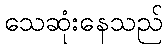
သေဆုံးနေသည်